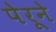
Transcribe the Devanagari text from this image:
पेरूने